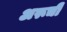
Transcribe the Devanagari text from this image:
अरूची